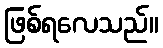
ဖြစ်ရလေသည်။